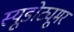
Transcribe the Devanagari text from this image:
स्यूडोट्यूमर